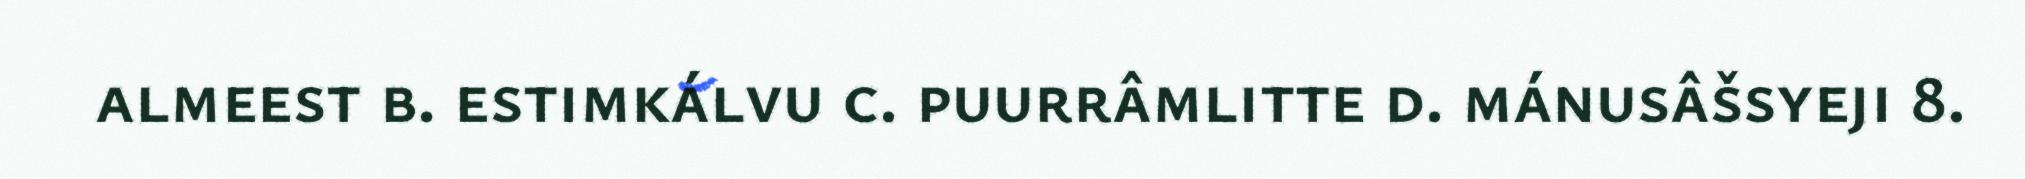
almeest b. estimkálvu c. puurrâmlitte d. mánusâšsyeji 8.